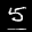
Label: 5